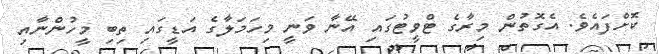
ކޮށްފައެވެ. އެގޮތުން މިރާގެ ޓްވީޓުގައި އޭނާ ވަނީ މިހަމަލާގެ އަޑީގައި ތިބި މީހުންނާއި